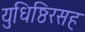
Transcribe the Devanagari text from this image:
युधिष्ठिरसह